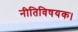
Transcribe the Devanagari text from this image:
नीतिविषयक।